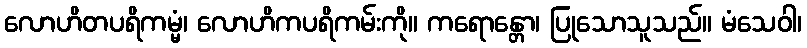
လောဟိတပရိကမ္မံ၊ လောဟိကပရိကမ်းကို။ ကရောန္တော၊ ပြုသောသူသည်။ မံသေဝါ၊